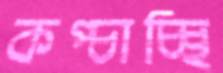
কপ্‌চাচ্ছি